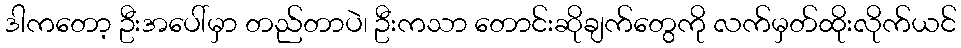
ဒါကတော့ ဦးအပေါ်မှာ တည်တာပဲ၊ ဦးကသာ တောင်းဆိုချက်တွေကို လက်မှတ်ထိုးလိုက်ယင်